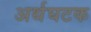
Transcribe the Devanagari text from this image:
अर्थघटक